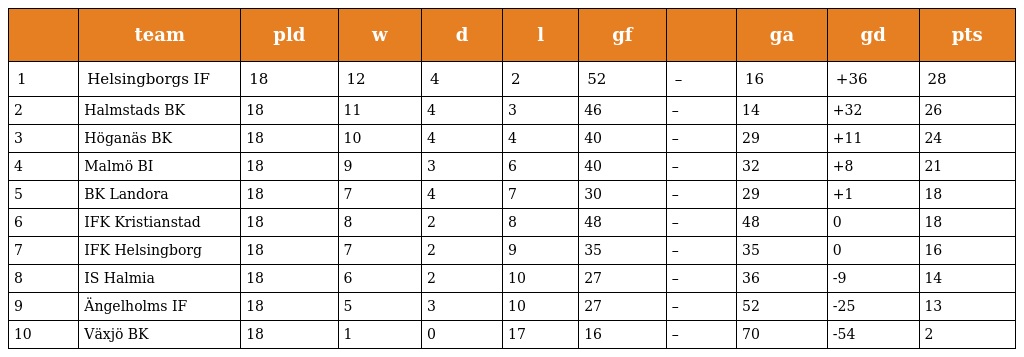
|  | team | pld | w | d | l | gf |  | ga | gd | pts |
 | --- | --- | --- | --- | --- | --- | --- | --- | --- | --- | --- |
 | 1 | Helsingborgs IF | 18 | 12 | 4 | 2 | 52 | – | 16 | +36 | 28 |
 | 2 | Halmstads BK | 18 | 11 | 4 | 3 | 46 | – | 14 | +32 | 26 |
 | 3 | Höganäs BK | 18 | 10 | 4 | 4 | 40 | – | 29 | +11 | 24 |
 | 4 | Malmö BI | 18 | 9 | 3 | 6 | 40 | – | 32 | +8 | 21 |
 | 5 | BK Landora | 18 | 7 | 4 | 7 | 30 | – | 29 | +1 | 18 |
 | 6 | IFK Kristianstad | 18 | 8 | 2 | 8 | 48 | – | 48 | 0 | 18 |
 | 7 | IFK Helsingborg | 18 | 7 | 2 | 9 | 35 | – | 35 | 0 | 16 |
 | 8 | IS Halmia | 18 | 6 | 2 | 10 | 27 | – | 36 | -9 | 14 |
 | 9 | Ängelholms IF | 18 | 5 | 3 | 10 | 27 | – | 52 | -25 | 13 |
 | 10 | Växjö BK | 18 | 1 | 0 | 17 | 16 | – | 70 | -54 | 2 |